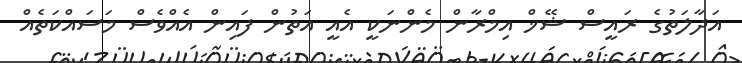
އަދާލަތުގެ ރައީސް ޝޭޚް އިމްރާން މެންނަކީ އެއީ އަތުން ފައިން އެއްވެސް މަސައްކަތެއް